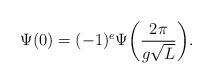
LaTeX: \begin{align*}\Psi(0)=(-1)^e\Psi\bigg(\frac{2\pi}{g\sqrt L}\bigg).\end{align*}